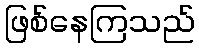
ဖြစ်နေကြသည်